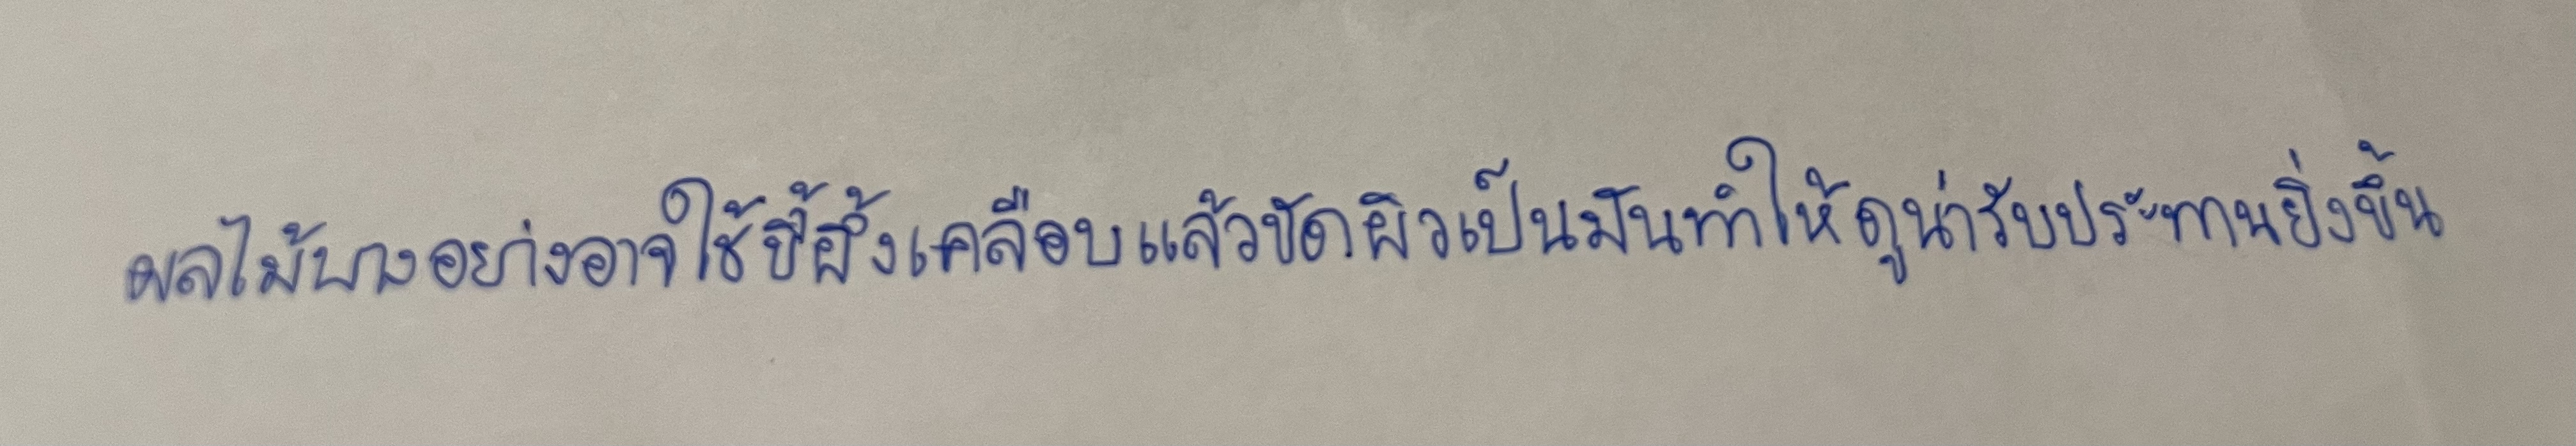
ผลไม้บางอย่างอาจใช้ขี้ผึ้งเคลือบแล้วขัดผิวเป็นมันทำให้ดูน่ารับประทานยิ่งขึ้น